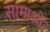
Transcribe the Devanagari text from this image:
सामाओ